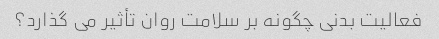
فعالیت بدنی چگونه بر سلامت روان تأثیر می گذارد؟